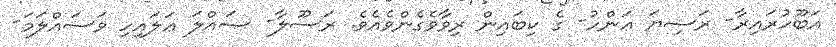
އަބޫހުރައިރާ- ރަޟިޔަ ޢަންހު- ގެ ކިބައިން ރިވާވެގެންވެއެވެ. ރަސޫލާ- ޞައްލަ ޢަލައިހި ވަސައްލަމަ-